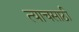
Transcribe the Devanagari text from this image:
त्याचसाठी